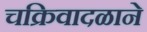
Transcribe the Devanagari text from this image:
चक्रिवादळाने